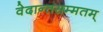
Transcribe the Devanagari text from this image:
वेदान्तसम्मतम्